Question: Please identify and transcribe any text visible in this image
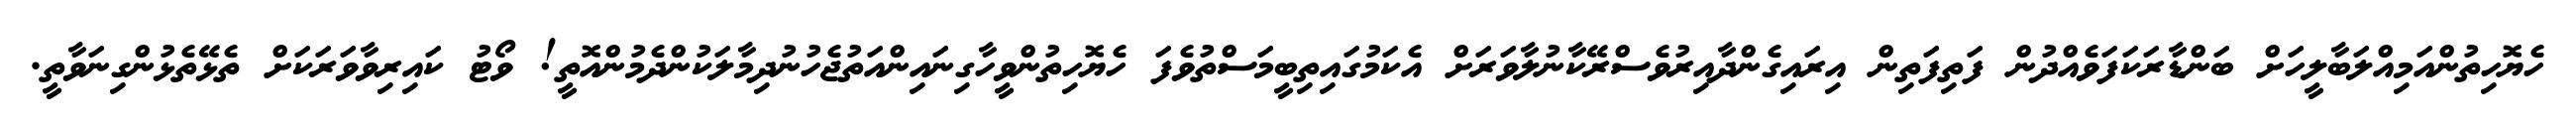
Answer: ހެޔޮހިތުންއަމިއްލަބާލީހަށް ބަންޑާރަކަފަވެއްދުން ފަތިފަތިން އިރައިގެންދާއިރުވެސްރޭކާނުލާވަރަށް އެކަމުގައިތިބީމަސްތުވެފަ ހެޔޮހިތުންވީހާގިނައިންއަތުޖެހުނުދިމާލަކުންދެމުންއޮތީ! ވޯޓު ކައިރިވާވަރަކަށް ތެޅޭތެޅުންގިނަވާތީ.